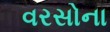
વરસોના